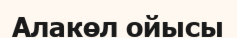
Алакөл ойысы